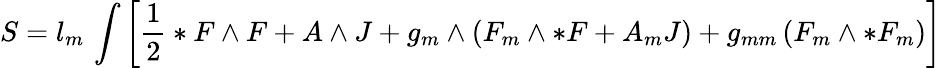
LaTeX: S=l_{m}\, \int\left[\frac{1}{2}*F\wedge F+A\wedge J+g_{m}\wedge\left(F_{m}\wedge*F+A_{m}J\right)+g_{mm}\left(F_{m}\wedge*F_{m}\right)\right]